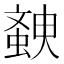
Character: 螤